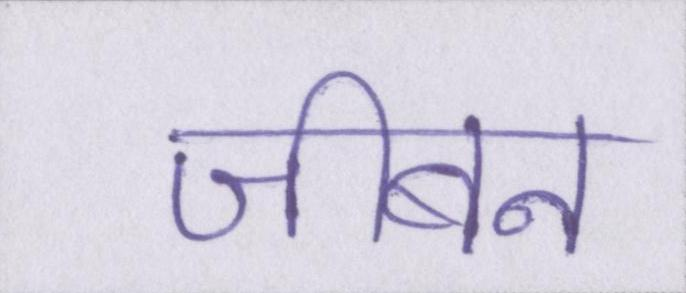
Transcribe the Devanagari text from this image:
जीबन